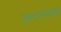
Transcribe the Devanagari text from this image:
उलटवण्याची